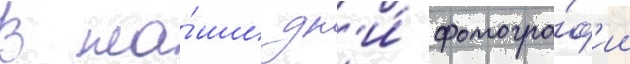
В на́ши дн'и́ фотогра́ф'ии